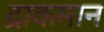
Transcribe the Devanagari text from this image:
द्राकमान